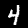
Digit: 4